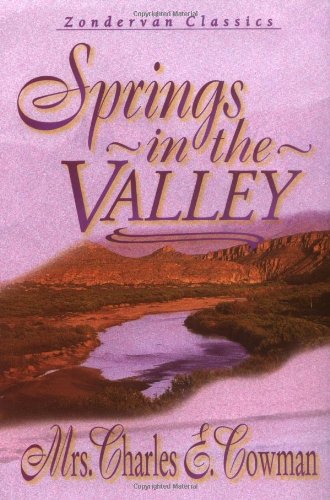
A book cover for Springs in the Valley; L. B. E. Cowman; Christian Books & Bibles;